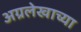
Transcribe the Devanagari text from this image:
अग्रलेखाच्या